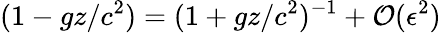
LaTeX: (1-gz/c^{2})=(1+gz/c^{2})^{-1}+\mathcal{O}(\epsilon^{2})